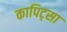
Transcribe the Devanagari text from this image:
कापिट्सा